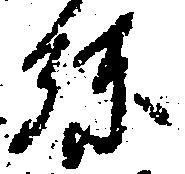
弥